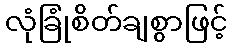
လုံခြုံစိတ်ချစွာဖြင့်